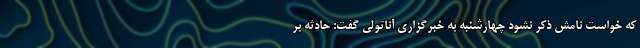
که خواست نامش ذکر نشود چهارشنبه به خبرگزاری آناتولی گفت: حادثه بر